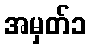
အမှတ်၁